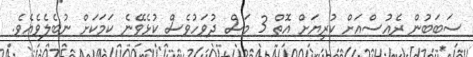
ސަބަބުން ރެއުސްއަށް ކުރިޔަށް އޮތް 3 މަސް ދުވަހުވެސް ކުޅެވޭނެ ކަމަކަށް ނުބެލެވެއެވެ.